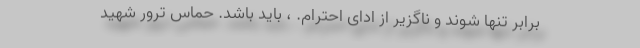
برابر تنها شوند و ناگزیر از ادای احترام. ، باید باشد. حماس ترور شهید